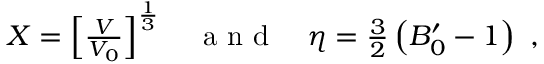
\begin{array} { r } { X = \left[ \frac { V } { V _ { 0 } } \right] ^ { \frac { 1 } { 3 } } \quad \mathrm { ~ a ~ n ~ d ~ } \quad \eta = \frac { 3 } { 2 } \left( B _ { 0 } ^ { \prime } - 1 \right) ~ , } \end{array}